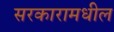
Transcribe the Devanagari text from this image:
सरकारामधील